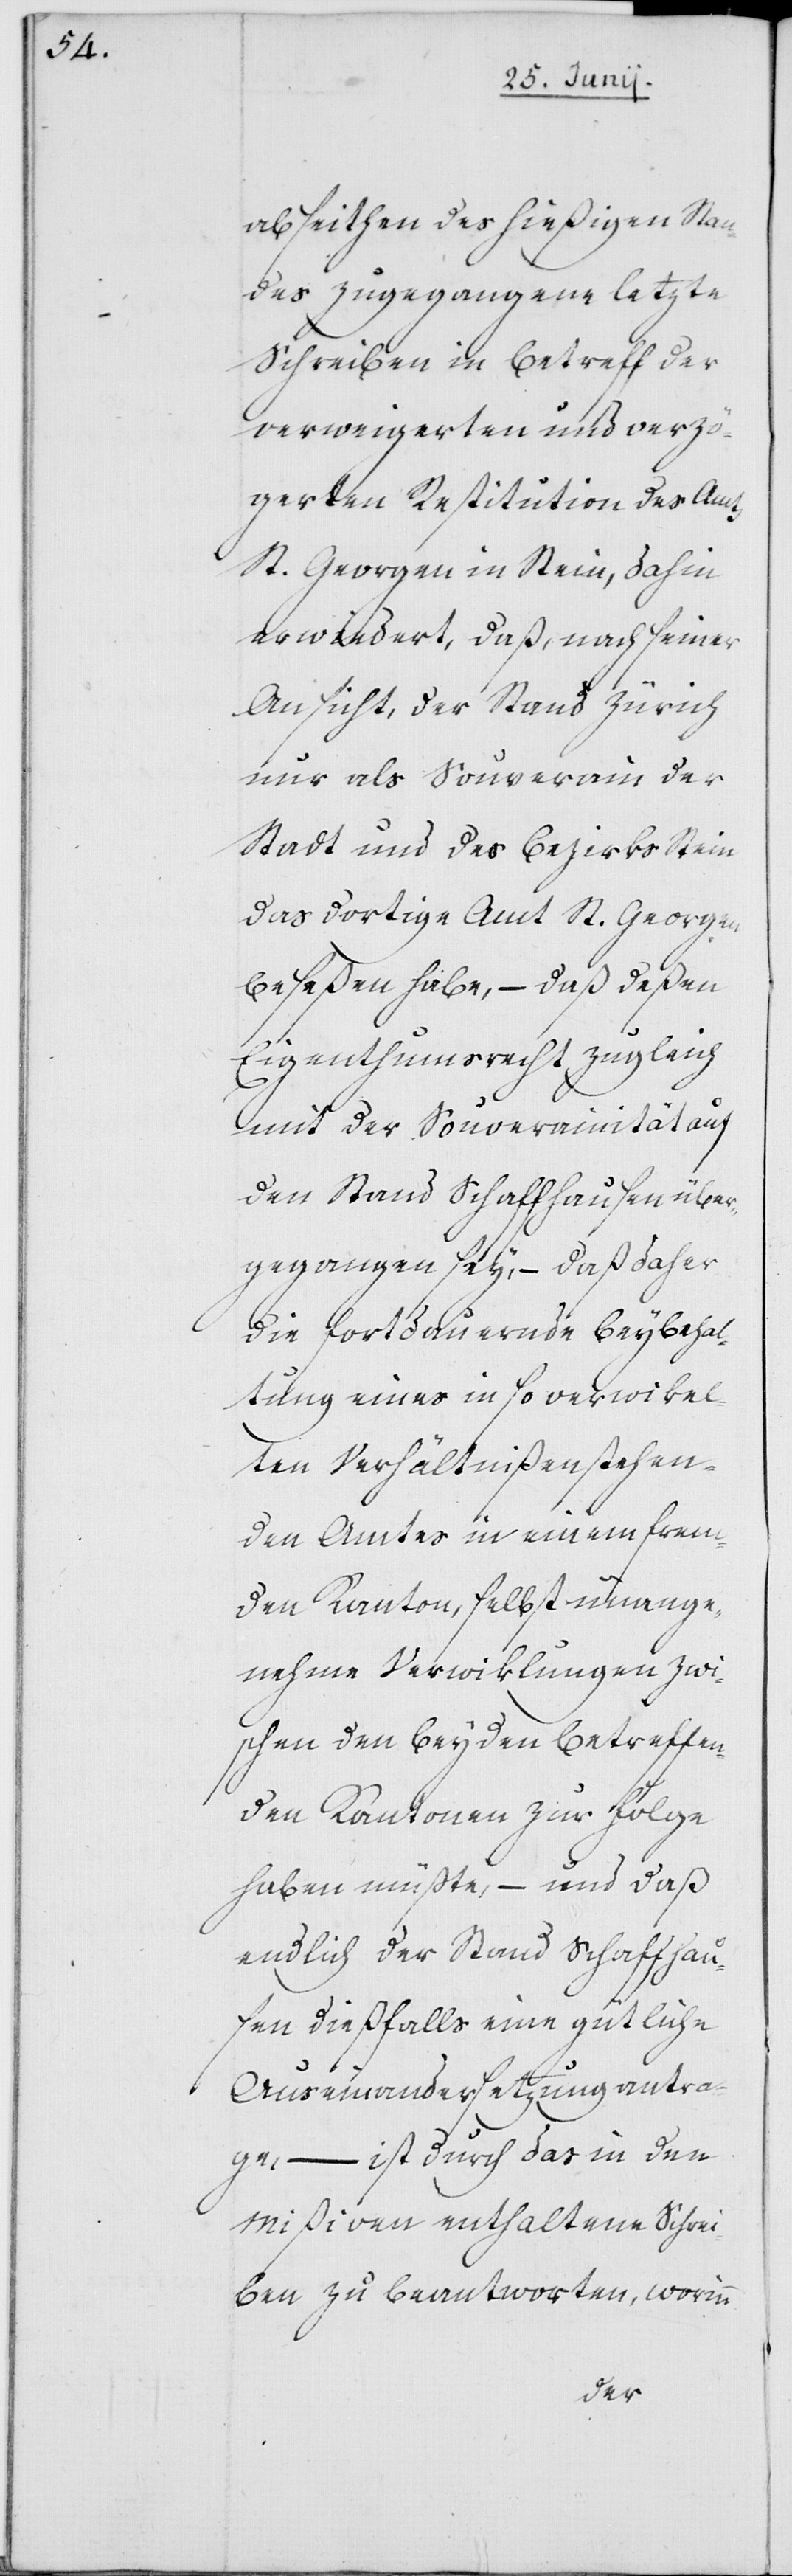
abseithen des hießigen Stan¬
des zugegangene letzte
Schreiben in Betreff der
verweigerten und verzö¬
gerten Restitution des Amts
St. Georgen in Stein, dahin
erwiedert, daß, nach seiner
Ansicht, der Stand Zürich
nur als Souverain der
Stadt und des Bezirks Stein
das dortige Amt St. Georgen
beseßen habe, – daß deßen
Eigenthumsrecht zugleich
mit der Souverainität auf
den Stand Schaffhausen über¬
gegangen sey, – daß daher
die fortdauernde Beybehal¬
tung eines in so verwikel¬
ten Verhältnißen stehen¬
den Amtes in einem frem¬
den Kanton, selbst unange¬
nehme Verwiklungen zwi¬
schen den beyden betreffen¬
den Kantonen zur Folge
haben müßte, – und daß
endlich der Stand Schaffhau¬
sen dießfalls eine gütliche
Auseinandersetzung antra¬
ge, – ist durch das in den
Mißiven enthaltene Schrei¬
ben zu beantworten, worinn